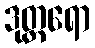
ဒုတ္တရော